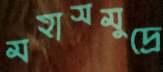
মহাসমুদ্রে